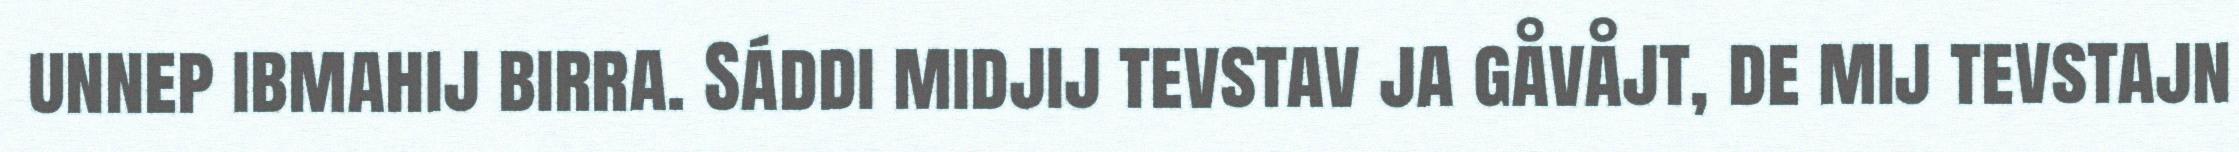
unnep ibmahij birra. Sáddi midjij tevstav ja gåvåjt, de mij tevstajn